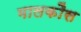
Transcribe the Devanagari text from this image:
मालकौस